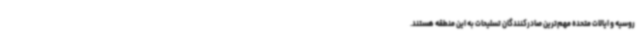
روسیه و ایالات متحده مهم‌ترین صادرکنندگان تسلیحات به این منطقه هستند.